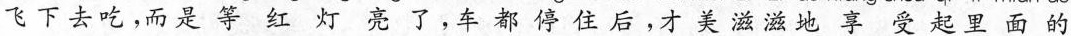
飞下去吃，而是等红灯亮了，车都停住后，才美滋滋地享受起里面的